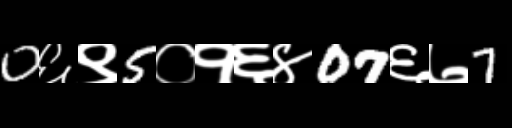
Text: 0६९5०१६४07६७7